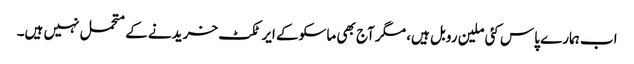
اب ہمارے پاس کئی ملین روبل ہیں، مگر آج بھی ماسکو کے ایرٹکٹ خریدنے کے متحمل نہیں ہیں۔